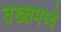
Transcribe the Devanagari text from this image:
तख्तमध्ये